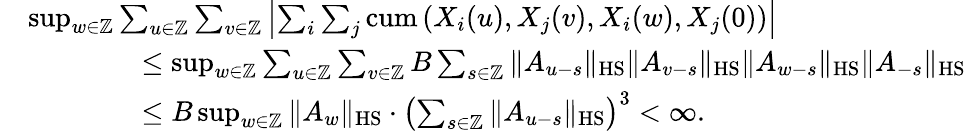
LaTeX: \begin{array}{rl}&{\operatorname*{sup}_{w\in\mathbb{Z}}\sum_{u\in\mathbb{Z}}\sum_{v\in\mathbb{Z}}\left|\sum_{i}\sum_{j}\mathrm{cum}\left(X_{i}(u),X_{j}(v),X_{i}(w),X_{j}(0)\right)\right|}\\ &{\qquad\qquad\le\operatorname*{sup}_{w\in\mathbb{Z}}\sum_{u\in\mathbb{Z}}\sum_{v\in\mathbb{Z}}B\sum_{s\in\mathbb{Z}}\| A_{u-s}\| _{\mathrm{HS}}\| A_{v-s}\| _{\mathrm{HS}}\| A_{w-s}\| _{\mathrm{HS}}\| A_{-s}\| _{\mathrm{HS}}}\\ &{\qquad\qquad\le B\operatorname*{sup}_{w\in\mathbb{Z}}\| A_{w}\| _{\mathrm{HS}}\cdot\left(\sum_{s\in\mathbb{Z}}\| A_{u-s}\| _{\mathrm{HS}}\right)^{3}<\infty.}\end{array}